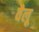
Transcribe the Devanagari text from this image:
वैलू